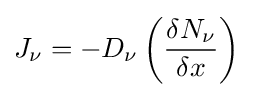
J_{\nu }=-D_{\nu }\left({\frac {\delta N_{\nu }}{\delta x}}\right)